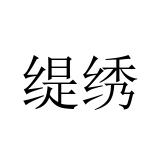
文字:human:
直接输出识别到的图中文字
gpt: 缇绣